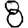
Digit: 8